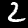
Digit: 2